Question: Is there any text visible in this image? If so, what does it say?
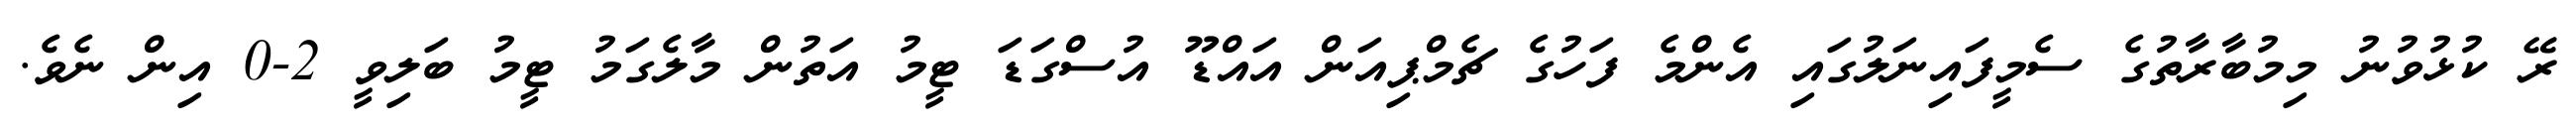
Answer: ރޭ ކުޅުވުނު މިމުބާރާތުގެ ސެމީފައިނަލުގައި އެންމެ ފަހުގެ ޗެމްޕިއަން އައްޑޫ އުސްގަޑަ ޓީމު އަތުން މާލެގަމު ޓީމު ބަލިވީ 2-0 އިން ނެވެ.